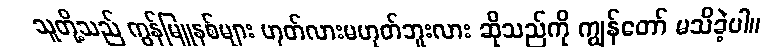
သူတို့သည် ကွန်မြူနစ်များ ဟုတ်လားမဟုတ်ဘူးလား ဆိုသည်ကို ကျွန်တော် မသိခဲ့ပါ။